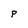
Character: P